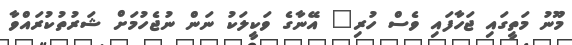
މޫނު މަތީގައި ޖަހާފައި ވެސް ހުރި" އޭނާގެ ވަކީލަކު ނަން ނުޖެހުމަށް ޝަރުތުކުރައްވާ